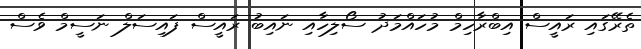
ތެރޭގައި ރައީސް އިބްރާހިމް މުހައްމަދު ސޯލިހާއި ނައިބު ރައީސް ފައިސަލް ނަސީމް ވެސް